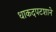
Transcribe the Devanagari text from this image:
धाकदपटशाने